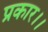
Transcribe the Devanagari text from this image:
प्रकार।।